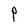
Character: P